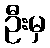
ဦးမှ